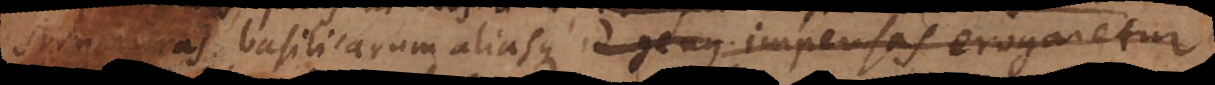
cturas basilicarum aliasque ejus generis impensas erogaretur